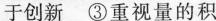
于创新 ③重视量的积